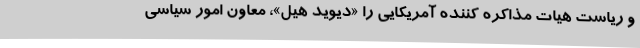
و ریاست هیات مذاکره ‌کننده آمریکایی را «دیوید هیل»، معاون امور سیاسی